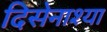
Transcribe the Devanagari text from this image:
दिसेनाश्या